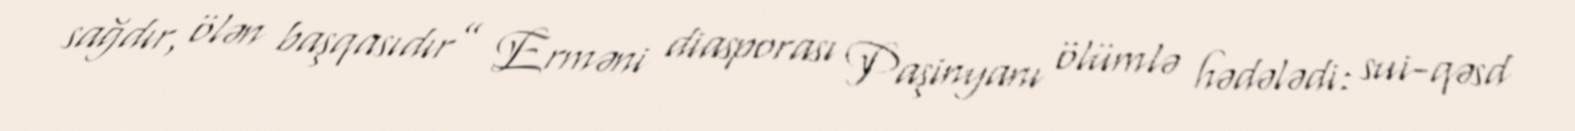
sağdır, ölən başqasıdır” Erməni diasporası Paşinyanı ölümlə hədələdi: sui-qəsd